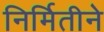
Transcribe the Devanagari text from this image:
निर्मितीने